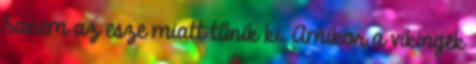
hanem az esze miatt tűnik ki. Amikor a vikingek